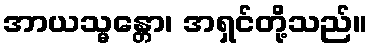
အာယသ္မန္တော၊ အရှင်တို့သည်။